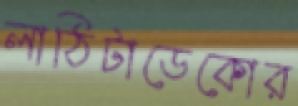
লাঠিটাডেকোর